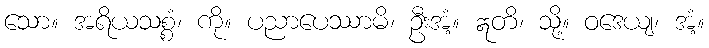
သော။ အရိယသစ္စံ၊ ကို။ ပညာပေဿာမိ၊ ဦးအံ့။ ဣတိ၊ သို့။ ဝဒေယျ၊ အံ့။